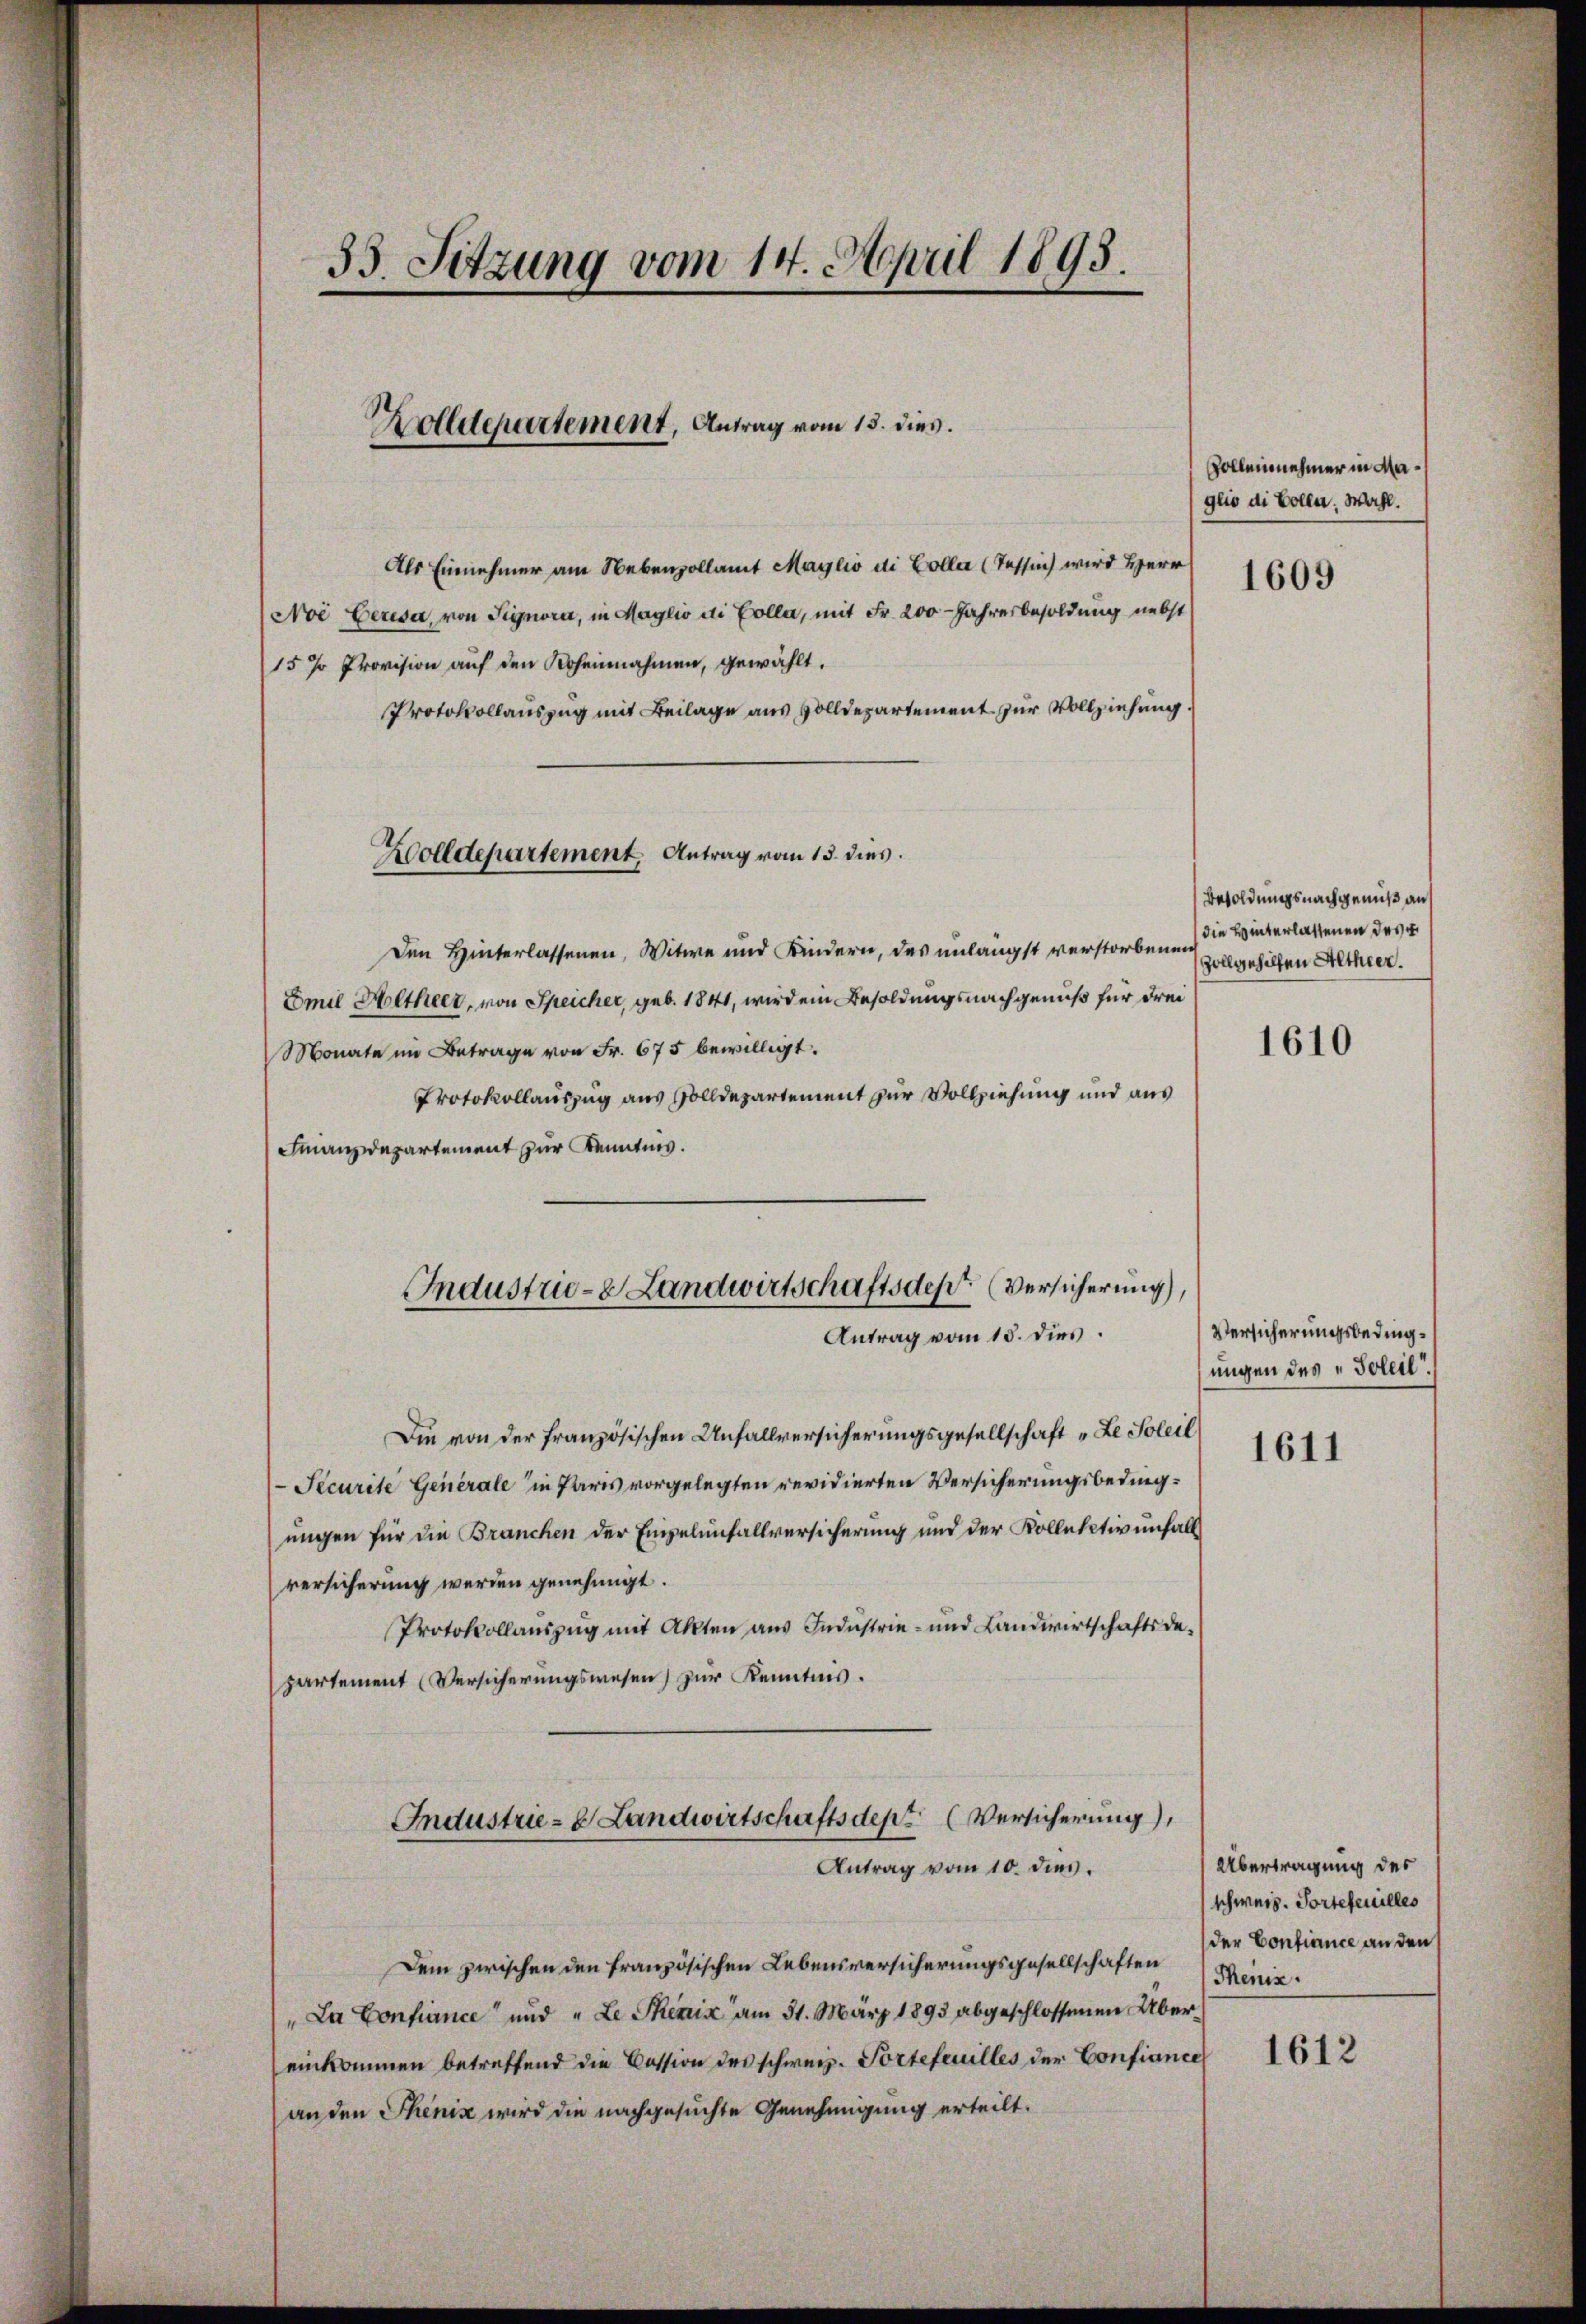
33. Sitzung vom 14. April 1898.

Als Einnehmer am Nebenzollamt Maylio di Colla (Tessin wird Herr
Noe Ceresa von Signora, in Maglio di Colla, mit Fr. 200 Jahresbesoldung nebst
15 % Provision auf den Roheinahmen, gewählt.
Protokollauszug mit Beilage aus solldepartement zur Vollziehung.
Den Hinterlassenen, Witwe und Kindern, das unlängst verstorbenen
Emil Altheer, von Speicher, geb. 1841, wir dem Besoldungsnachgenuß für drei
Monate im Betrage von Fr. 675 bewilligt.
Protokollauszug aus Solldepartement zur Vollziehung und aus
Finanzdepartement zur Kenntnis.

Holldepartement. Antrag vom 15. dies

Zolldepartement, Antrag vom 15. dies.

Industrie - Landwirtschaftsdept. (Versicherung),
Antrag vom 15. dies.

Die von der französischen Unfallversicherungsgesellschaft „Le Soleil
Pecurite Generale in Paris vorgelegten revidierten Versicherungsbedingungen für die Branchen der Empelenfallversicherung und der Kollektiv unfall
versicherung werden genehmigt.
Protokollauszug mit Akten aus Industrie- und Landwirtschaftsde-
partement (Versicherungswesen) zur Kenntnis.
Industrie- & Landwirtschaftsdep. (Versicherung),

Antrag vom 10. dies.

Zollennehmer in Maglio di Colle. Wahl.
1609

Dem zwischen den französischen Lebensversicherungsgesellschaften
"La Confiance und „Le Semin am 31. März 1893 abgeschlossenen Übereinkommen betreffend die Cession des schweiz. Portefeuilles der Confiance
an den Thenis wird die nachgesuchte Genehmigung erteilt.

Besoldungsnachgenuß an
die Hinterlassenen des
Zollgehilfen Altheer.

1610

Versicherungsbedingungen des „Soleil

1611

Übertragung des
schweiz. Portetenilles
der Confiance an den
Thenis.

1612